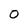
Character: O